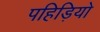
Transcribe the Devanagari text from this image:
पहिड़ियो